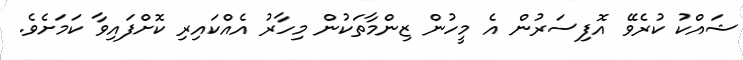
ޝައްކު ކުރެވޭ އޮފިސަރުން އެ މީހުން ޒިންމާތަކުން މިހާރު އެއްކައިރި ކޮށްފައިވާ ކަމަށެވެ.